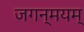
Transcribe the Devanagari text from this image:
जगन्मयम्